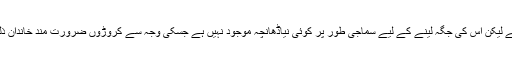
بورژوا خاندان سمیت اس نظام کا ہر ادارہ ٹوٹ رہا ہے لیکن اس کی جگہ لینے کے لیے سماجی طور پر کوئی نیاڈھانچہ موجود نہیں ہے جسکی وجہ سے کروڑوں ضرورت مند خاندان ذلت اور کسمپرسی کی زندگی گزارنے پر مجبور ہیں۔